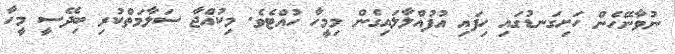
ނުވާނޭހެން ހަށިގަނޑުގައި ހިފައި އުފުއްލާލައިގެން މިމީހާ ހުއްޓެވެ. މިކުއްޖާ ސަލާމަތްކުރި ބިދޭސީ މީހާ